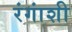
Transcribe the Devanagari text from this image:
रंगांशी